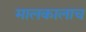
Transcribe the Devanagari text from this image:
मालकालाच